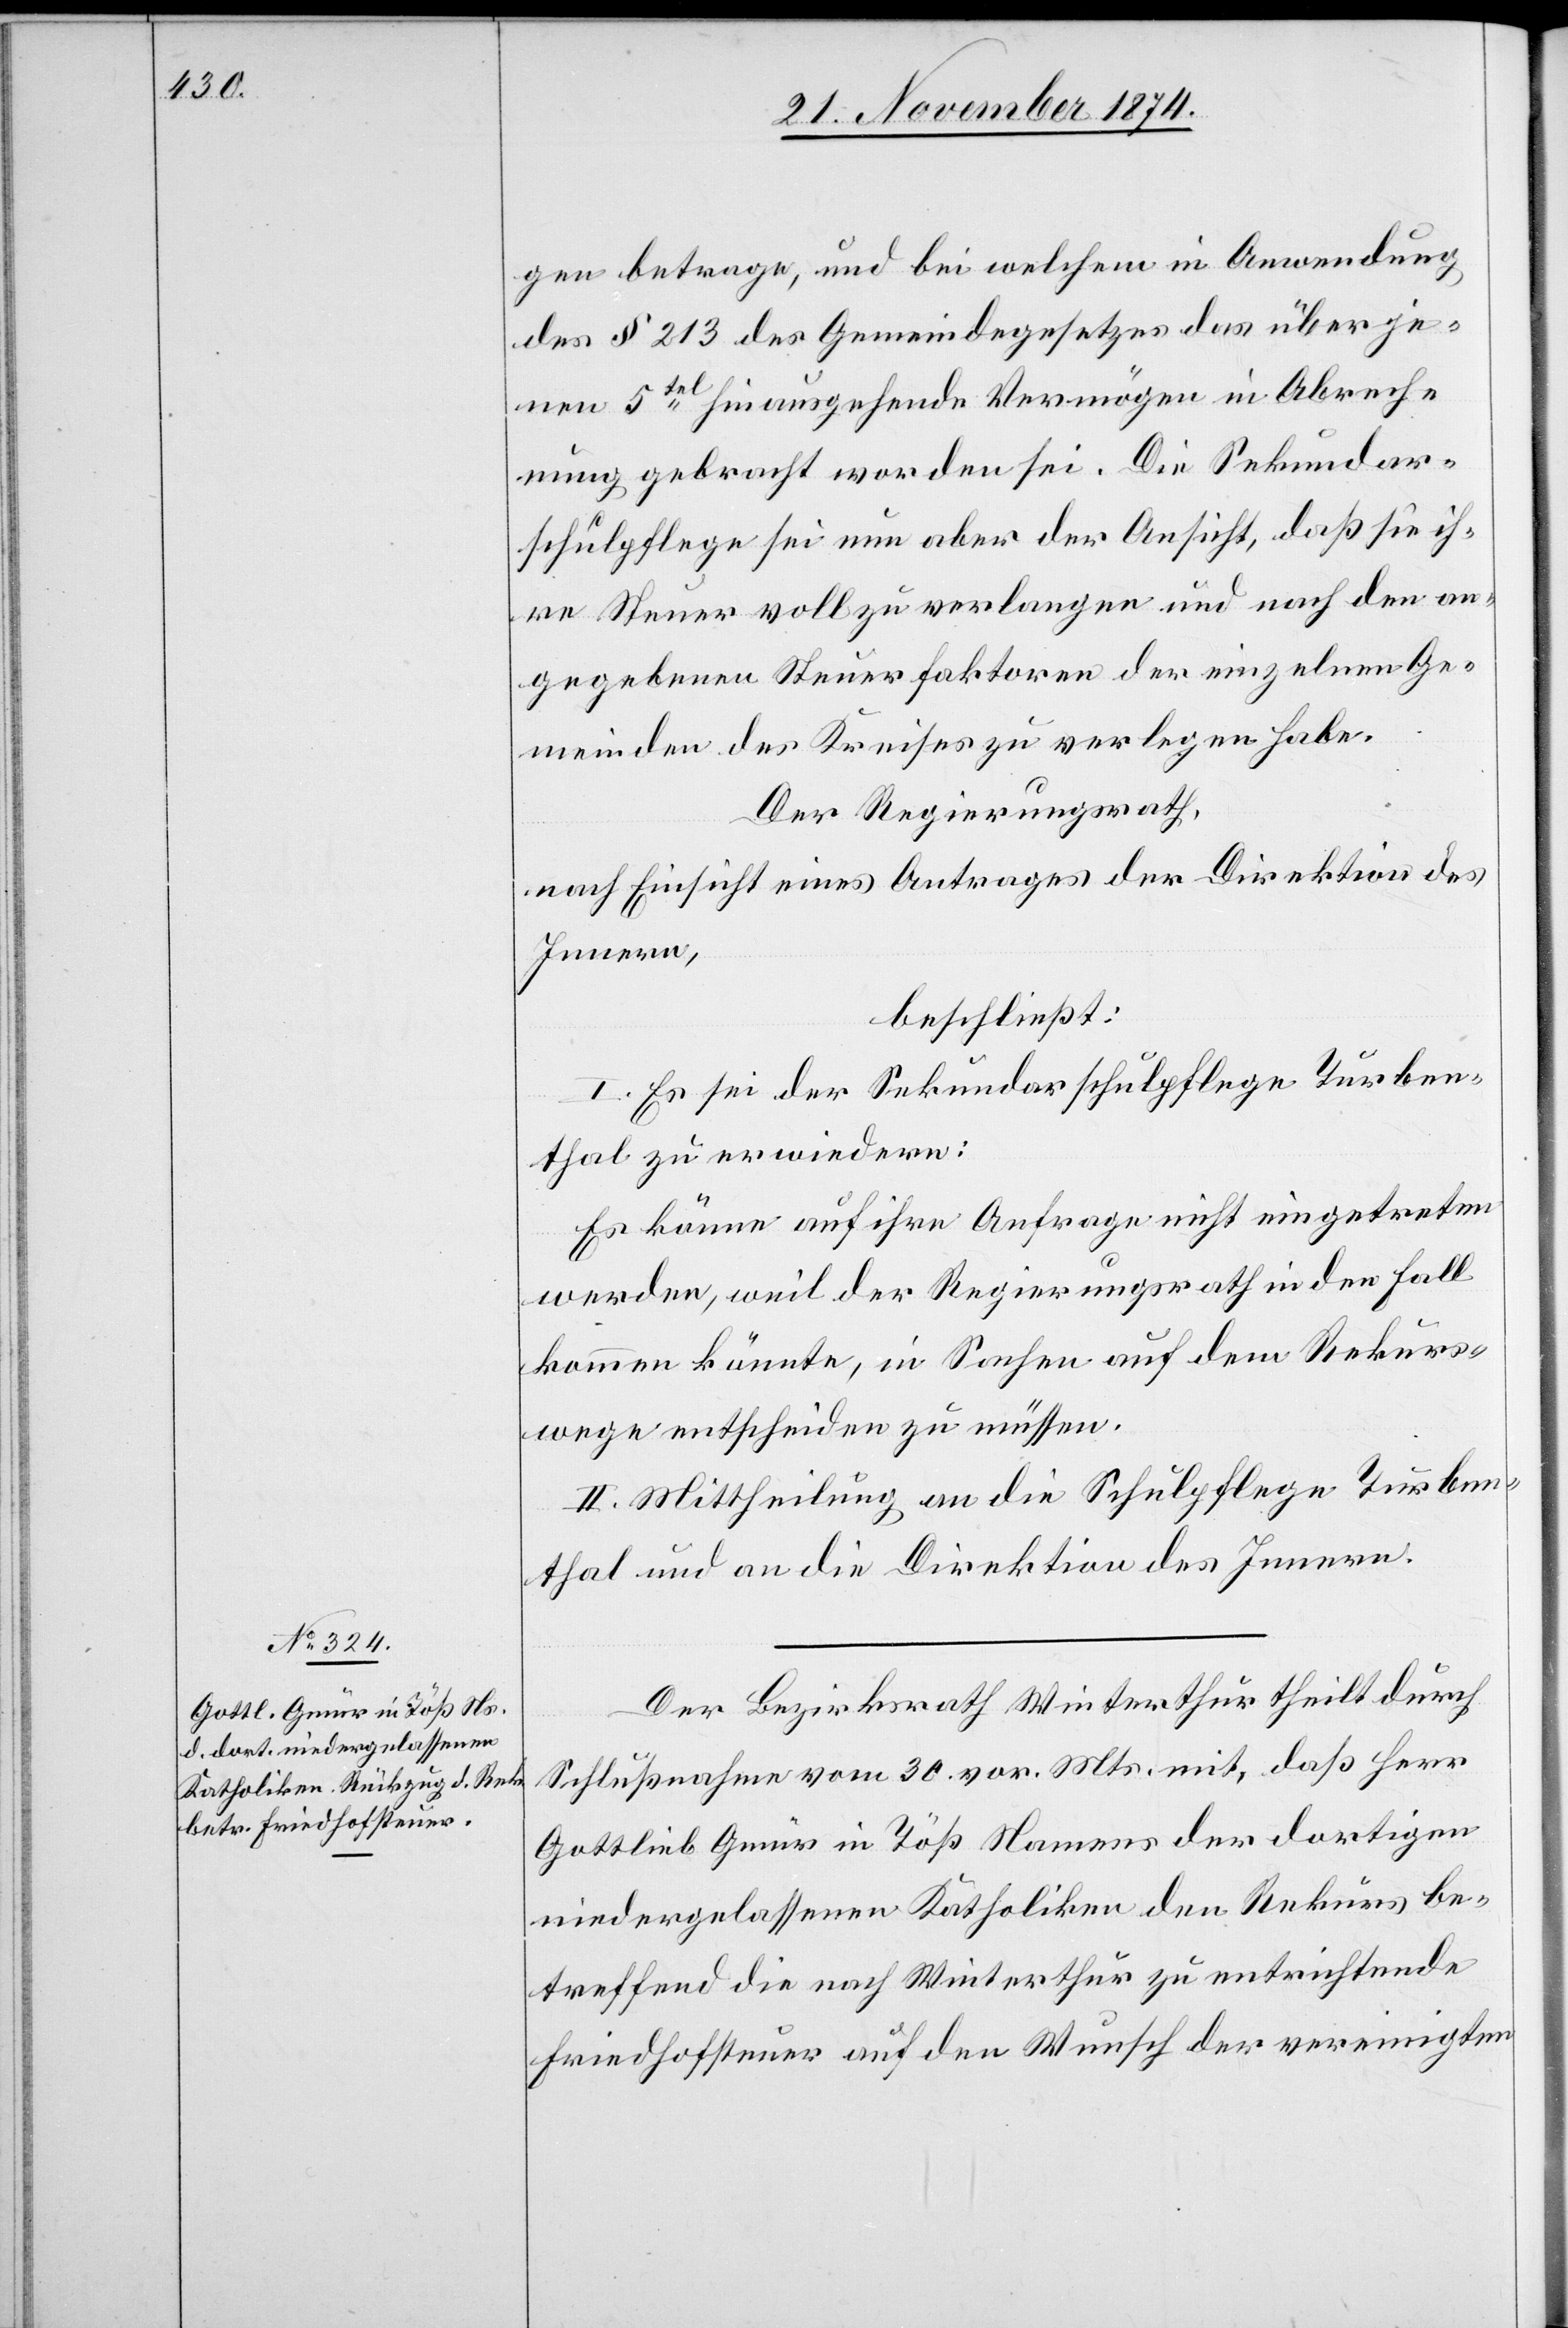
gen betrage, und bei welchem in Anwendung
des § 213 des Gemeindegesetzes das über je¬
nen 5tel hinausgehende Vermögen in Abrech¬
nung gebracht worden sei. Die Sekundar¬
schulpflege sei nun aber der Ansicht, daß sie ih¬
re Steuer voll zu verlangen und nach den an¬
gegebenen Steuerfaktoren der einzelnen Ge¬
meinden des Kreises zu verlegen habe.
Der Regierungsrath,
nach Einsicht eines Antrages der Direktion des
Innern,
beschließt:
I. Es sei der Sekundarschulpflege Turben¬
thal zu erwiedern:
Es könne auf ihre Anfrage nicht eingetreten
werden, weil der Regierungsrath in den Fall
kommen könnte, in Sachen auf dem Rekurs¬
wege entscheiden zu müssen.
II. Mittheilung an die Schulpflege Turben¬
thal und an die Direktion des Innern.
Der Bezirksrath Winterthur theilt durch
Schlußnahme vom 30. vor. Mts. mit, daß Herr
Gottlieb Gmür in Töß Namens der dortigen
niedergelassenen Katholiken den Rekurs be¬
treffend die nach Winterthur zu entrichtende
Friedhofsteuer auf den Wunsch der vereinigten